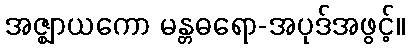
အဇ္ဈာယကော မန္တဓရော-အပုဒ်အဖွင့်။